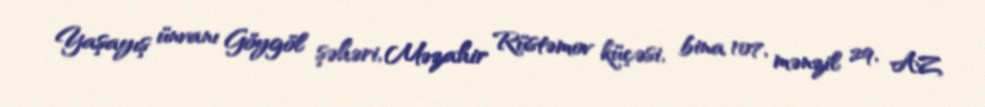
Yaşayış ünvanı Göygöl şəhəri, Məzahir Rüstəmov küçəsi, bina 107, mənzil 29, AZ